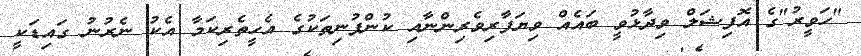
"ހަވީރު"ގެ އޮފިޝަލް ވިދާޅުވީ ބައެއް ވިޔަފާރިވެރިންނާއި ކުންފުނިތަކުގެ އެހީތެރިކަމާ އެކު ނެރުނު ގައިޑަކީ